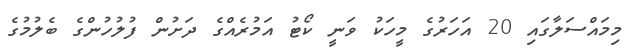
މިމައްސަލާގައި 20 އަހަރުގެ މީހަކު ވަނީ ކޯޓު އަމުރެއްގެ ދަށުން ފުލުހުންގެ ބެލުމުގެ